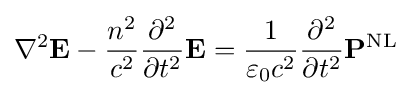
\nabla ^{2}\mathbf {E} -{\frac {n^{2}}{c^{2}}}{\frac {\partial ^{2}}{\partial t^{2}}}\mathbf {E} ={\frac {1}{\varepsilon _{0}c^{2}}}{\frac {\partial ^{2}}{\partial t^{2}}}\mathbf {P} ^{\text{NL}}